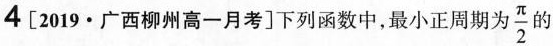
4 [2019·广西柳州高一月考]下列函数中，最小正周期为 \frac{\pi}{2} 的